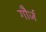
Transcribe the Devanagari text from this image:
गौर्ज